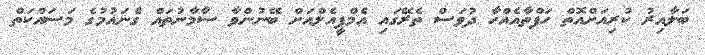
ބަލާއިރު ކުރިއަށްއޮތް ހަފްތާއެއްހާ ދުވަސް ތެރޭގައި އެމްޕީއެލްއަށް ބޭނުންވާ ސާމާނުތައް ގެނައުމުގެ މަސައްކަތް